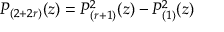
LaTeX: P _ { ( 2 + 2 r ) } ( z ) = P _ { ( r + 1 ) } ^ { 2 } ( z ) - P _ { ( 1 ) } ^ { 2 } ( z )